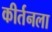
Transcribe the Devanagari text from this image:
कीर्तनला